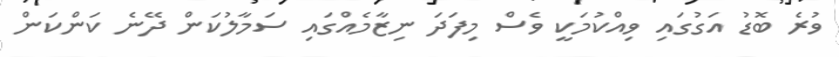
ވުރެ ބޮޑު އަގުގައި ވިއްކުމަކީ ވެސް މިފަދަ ނިޒާމެއްގައި ސަމާލުކަން ދޭނެ ކަންކަން